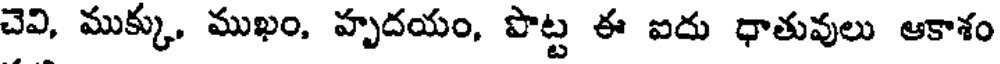
చెవి, ముక్కు, ముఖం, హృదయం, పొట్ట ఈ ఐదు ధాతువులు ఆకాశం